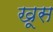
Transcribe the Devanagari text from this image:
खूस